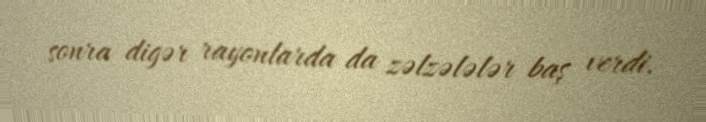
sonra digər rayonlarda da zəlzələlər baş verdi.